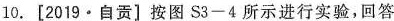
10.[2019·自贡]按图S3-4所示进行实验，回答